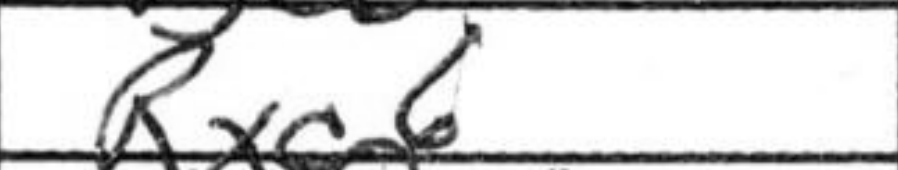
Transcription: Rxc6